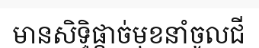
មានសិទ្ធិផ្តាច់មុខនាំចូលជី